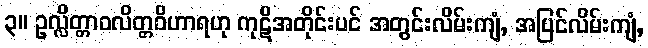
၃။ ဥလ္လိတ္တာဝလိတ္တဝိဟာရဟု ကုဋိအတိုင်းပင် အတွင်းလိမ်းကျံ, အပြင်လိမ်းကျံ,